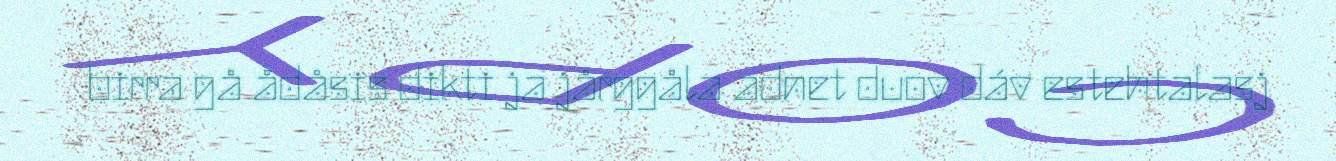
birra gå ådåsis dikti ja jårggåla adnet duov dáv estehtalasj